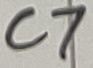
Text: C7